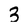
Character: 3